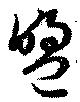
盟